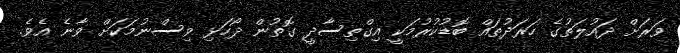
ވަރަށް ދައުލަތުގެ ހަރަދުތައް ބޮޑުކުރުމަކީ އިގްތިސާދީ ގޮތުން ދޯހަޅި ވިސްނުމަކަށް ވާނެ އެވެ.